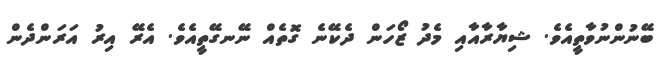
ބޭނުންނުވާތީއެވެ. ޝިޔާރާއާއި މެދު ޒޯހަން ދެކޭނެ ގޮތެއް ނޭނގޭތީއެވެ. އެރޭ އިރު އަރަންދެން